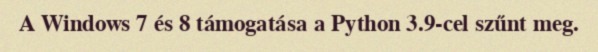
A Windows 7 és 8 támogatása a Python 3.9-cel szűnt meg.